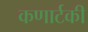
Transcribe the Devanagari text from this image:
कणार्टकी